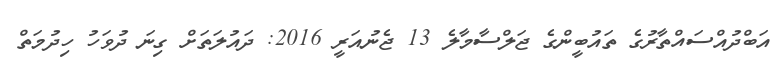
އަބްދުއްސައްތާރުގެ ތައުބީންގެ ޖަލްސާމާލެ 13 ޖެނުއަރީ 2016: ދައުލަތަށް ގިނަ ދުވަހު ހިދުމަތް